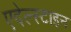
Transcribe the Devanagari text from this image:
एदेल्स्टाइन